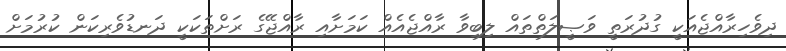
ދިވެހިރާއްޖެއަކީ ގުދުރަތީ ވަޞީލަތްތައް ލިބިވާ ރާއްޖެއެއް ކަމަށާއި ރާއްޖޭގެ ރަށްތަކަކީ ދަނޑުވެރިކަން ކުރުމަށް